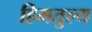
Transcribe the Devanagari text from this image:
हिमतुल्य